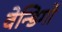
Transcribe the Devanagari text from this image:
वेन्डिगो